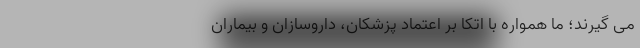
می گیرند؛ ما همواره با اتکا بر اعتماد پزشکان، داروسازان و بیماران